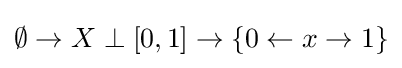
\emptyset \to X\perp [0,1]\to \{0\leftarrow x\to 1\}